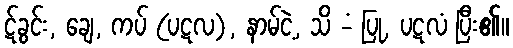
ဋ်ခွင်း, ချေ, ကပ် (ပဋလ), နာမ်ငဲ့, သိ -ံ ပြု, ပဋလံ ပြီး၏။